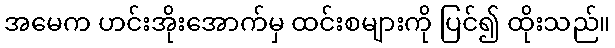
အမေက ဟင်းအိုးအောက်မှ ထင်းစများကို ပြင်၍ ထိုးသည်။